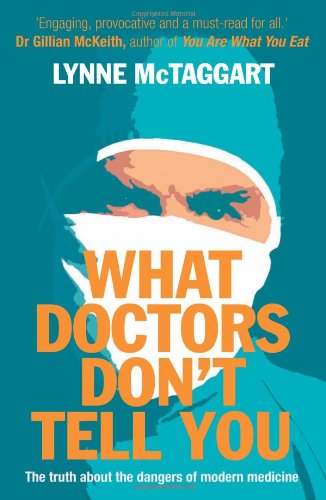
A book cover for What Doctors Don't Tell You: The Truth about the Dangers of Modern Medicine; Lynne McTaggart; Medical Books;